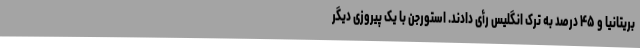
بریتانیا و ۴۵ درصد به ترک انگلیس رأی دادند. استورجن با یک پیروزی دیگر